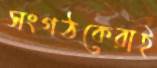
সংগঠকেরাই